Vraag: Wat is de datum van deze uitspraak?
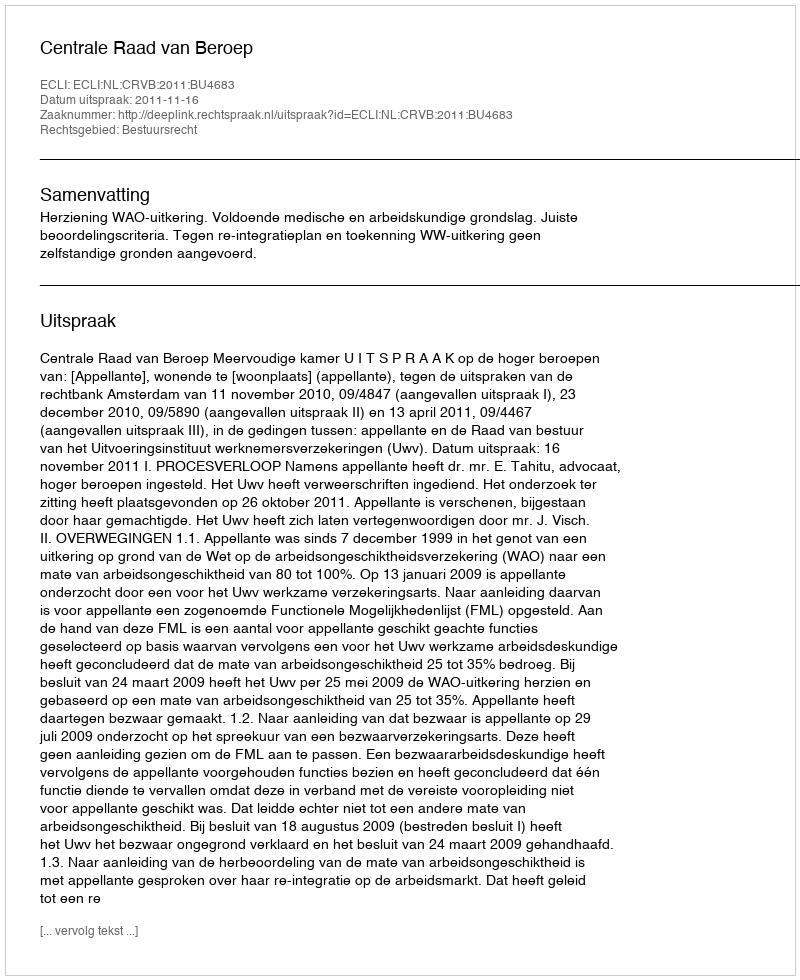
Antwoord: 2011-11-16